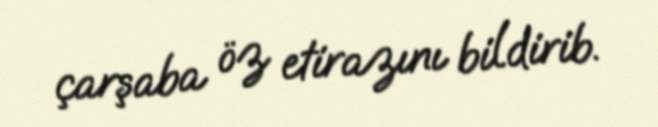
çarşaba öz etirazını bildirib.